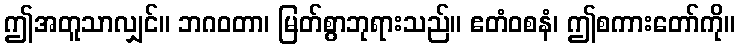
ဤအတူသာလျှင်။ ဘဂဝတာ၊ မြတ်စွာဘုရားသည်။ ဧတံဝစနံ၊ ဤစကားတော်ကို။